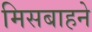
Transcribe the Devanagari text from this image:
मिसबाहने